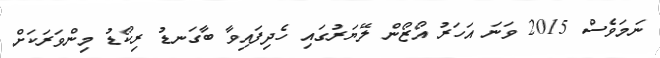
ނަމަވެސް 2015 ވަނަ އަހަރު އޯޒޯން ލޭޔަރުގައި ހެދިފައިވާ ބާގަނޑު ރިކޯޑު މިންވަރަކަށް